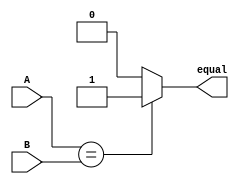
module equality_comparator(
    input signed [31:0] A,
    input signed [31:0] B,
    output reg equal
);

always @(*) begin
    if(A == B) begin
        equal = 1;
    end else begin
        equal = 0;
    end
end

endmodule